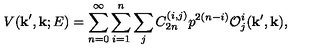
V ( { \bf k } ^ { \prime } , { \bf k } ; E ) = \sum _ { n = 0 } ^ { \infty } \sum _ { i = 1 } ^ { n } \sum _ { j } C _ { 2 n } ^ { ( i , j ) } p ^ { 2 ( n - i ) } { \cal O } _ { j } ^ { i } ( { \bf k } ^ { \prime } , { \bf k } ) ,